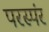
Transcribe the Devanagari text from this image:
परस्पंर